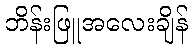
ဘိန်းဖြူအလေးချိန်